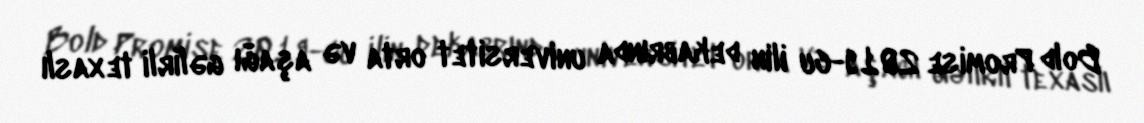
Bold Promise 2019-cu ilin dekabrında universitet orta və aşağı gəlirli texaslı